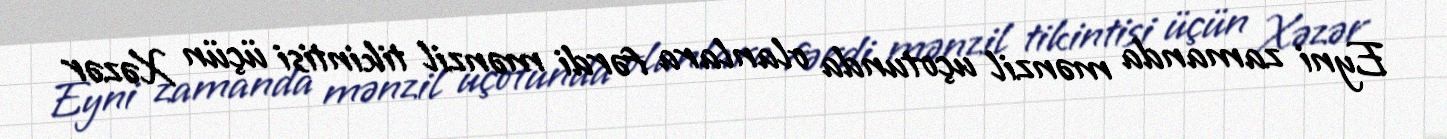
Eyni zamanda mənzil uçotunda olanlara fərdi mənzil tikintisi üçün Xəzər